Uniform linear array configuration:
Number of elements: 64
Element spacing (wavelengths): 1
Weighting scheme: uniform
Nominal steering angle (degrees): -15
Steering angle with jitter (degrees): -15.265
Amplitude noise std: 0.05
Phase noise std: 0.05

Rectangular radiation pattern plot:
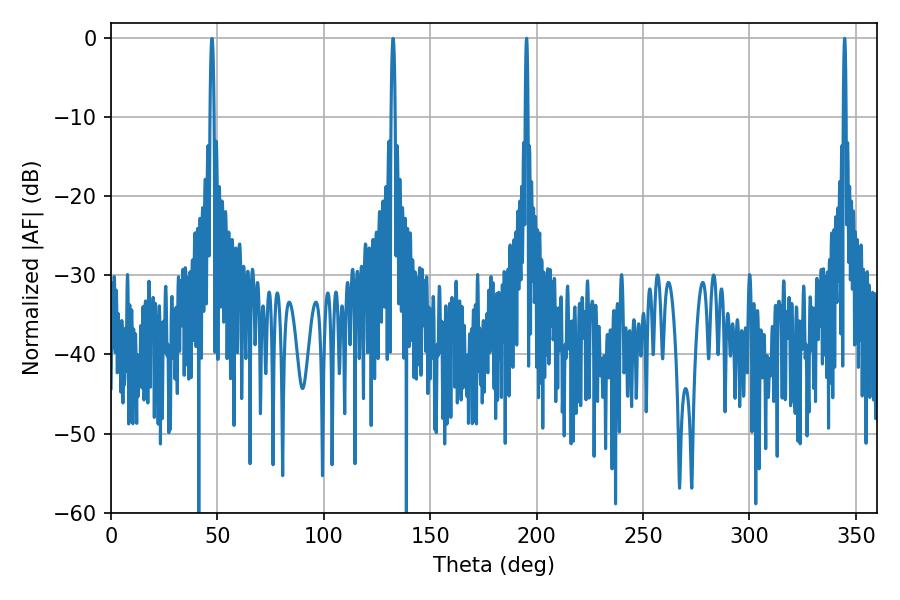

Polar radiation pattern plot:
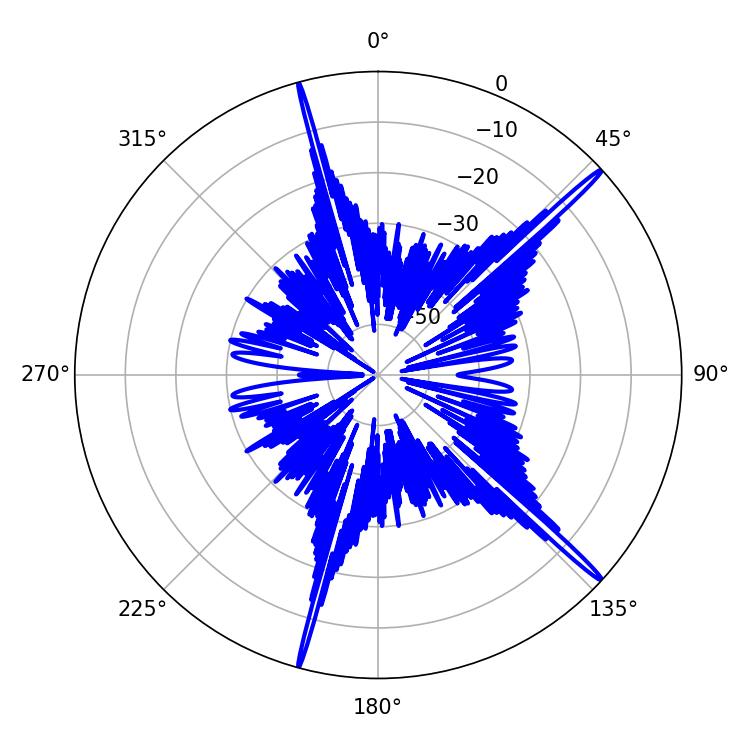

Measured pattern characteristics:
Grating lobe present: TRUE
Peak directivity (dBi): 18.955
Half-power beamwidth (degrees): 0.72
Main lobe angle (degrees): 344.7